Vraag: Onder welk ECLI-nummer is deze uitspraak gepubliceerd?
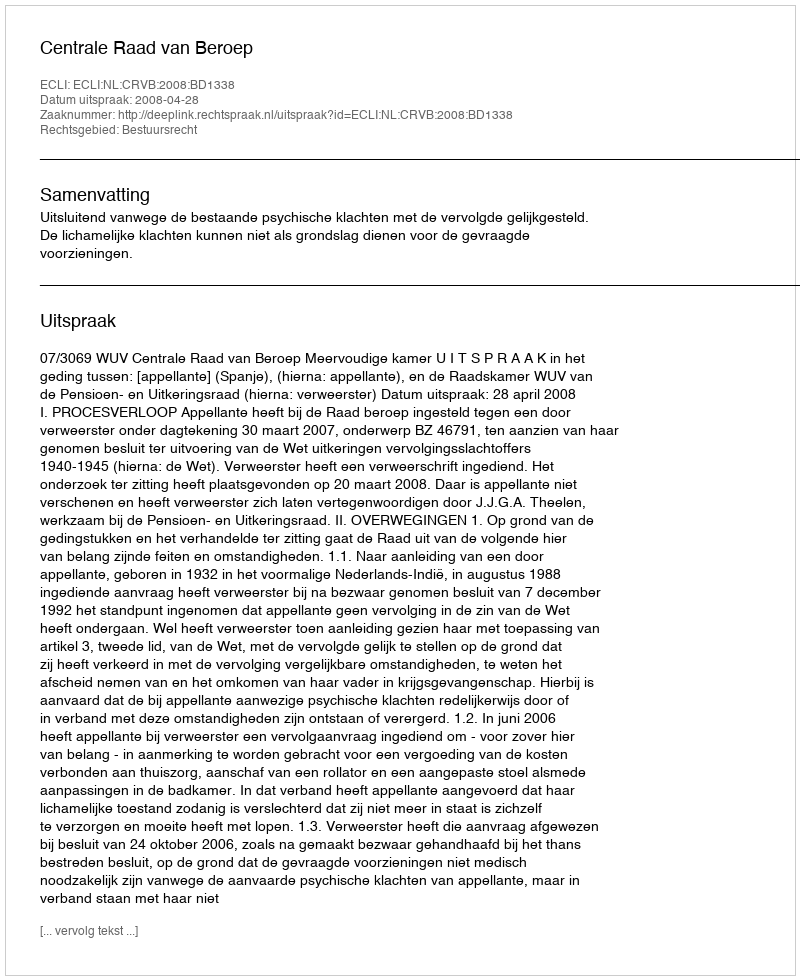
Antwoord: ECLI:NL:CRVB:2008:BD1338